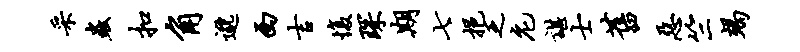
采虫扣角邈西吉愎琛期七挹乏庀谌士旧恶竺竭